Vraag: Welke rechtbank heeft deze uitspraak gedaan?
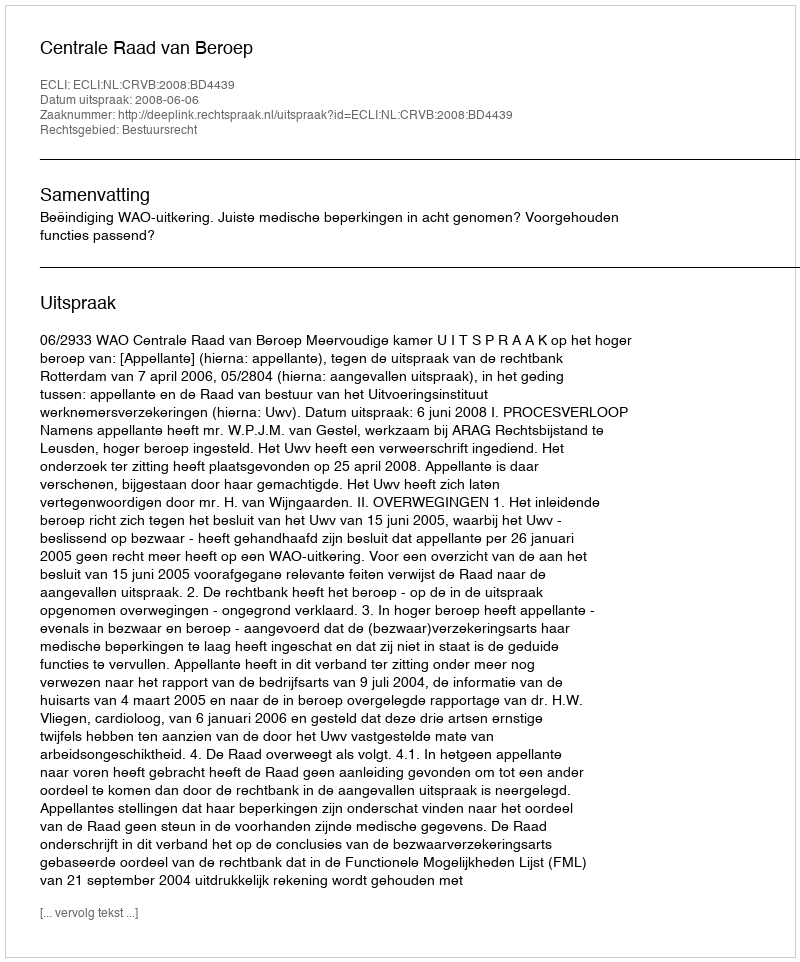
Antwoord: Centrale Raad van Beroep